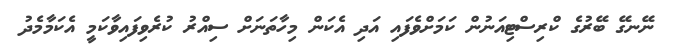
ނޭނގޭ ބޭރުގެ ކްރިސްޓިއަނުން ކަމަށްވެފައި އަދި އެކަން މިހާތަނަށް ސިއްރު ކުރެވިފައިވާކަމީ އެކަމާމެދު